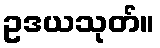
ဥဒယသုတ်။